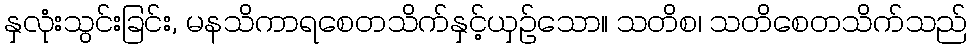
နှလုံးသွင်းခြင်း, မနသိကာရစေတသိက်နှင့်ယှဉ်သော။ သတိစ၊ သတိစေတသိက်သည်